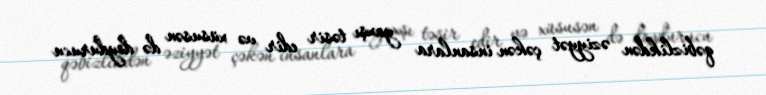
qəbizlikdən əziyyət çəkən insanlara yaxşı təsir edir və xüsusən də doydurucu